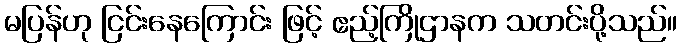
မပြန်ဟု ငြင်းနေကြောင်း ဖြင့် ဧည့်ကြိုဌာနက သတင်းပို့သည်။